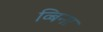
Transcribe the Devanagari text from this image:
व्बिना